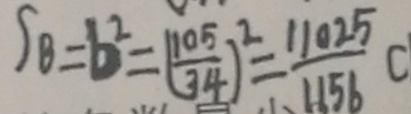
S _ { B } = b ^ { 2 } = ( \frac { 1 0 5 } { 3 4 } ) ^ { 2 } = \frac { 1 1 0 2 5 } { 1 1 5 6 } C